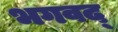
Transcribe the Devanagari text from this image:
भगवद्‍